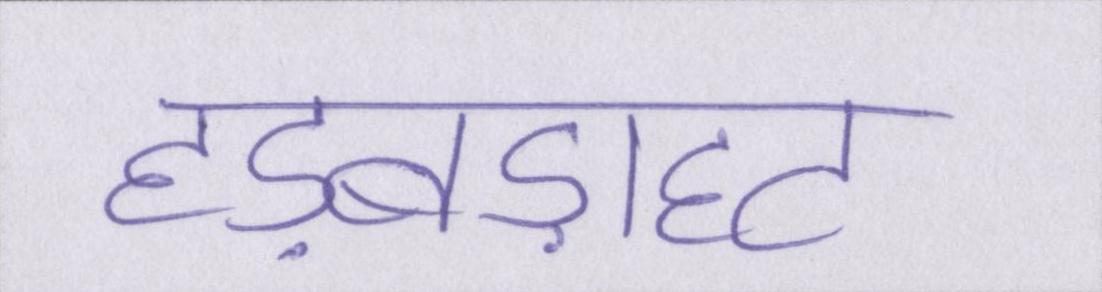
हड़बड़ाहट